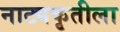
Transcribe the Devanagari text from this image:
नाट्यकृतीला